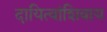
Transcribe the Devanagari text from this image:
दायित्वांशिवाय